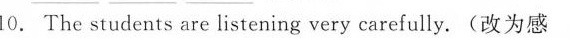
10. The students are listening very carefully.(改为感